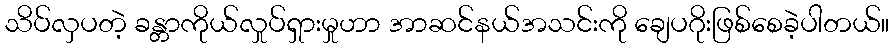
သိပ်လှပတဲ့ ခန္တာကိုယ်လှုပ်ရှားမှုဟာ အာဆင်နယ်အသင်းကို ချေပဂိုးဖြစ်စေခဲ့ပါတယ်။